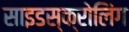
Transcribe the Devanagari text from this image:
साइडस्क्रोलिंग